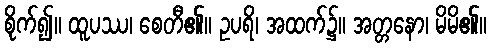
စိုက်၍။ ထူပဿ၊ စေတီ၏။ ဥပရိ၊ အထက်၌။ အတ္တနော၊ မိမိ၏။